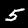
Digit: 5